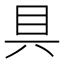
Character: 具